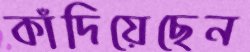
কাঁদিয়েছেন